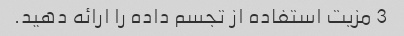
3 مزیت استفاده از تجسم داده را ارائه دهید.